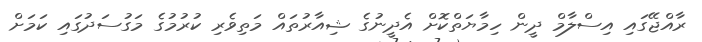
ރާއްޖޭގައި އިސްލާމް ދީން ހިމާޔަތްްކޮށް އެދީނުގެ ޝިއާރުތައް މަތިވެރި ކުރުމުގެ މަގުސަދުގައި ކަމަށް